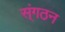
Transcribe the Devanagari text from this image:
स्ंगठन